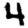
Digit: 4